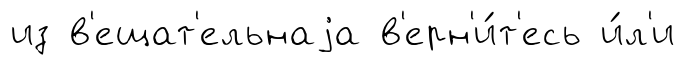
из в'ещат'ельнаjа в'ерн'и́т'есь и́л'и